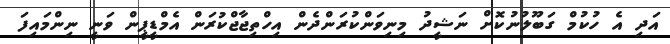
އަދި އެ ހުކުމް ގަބޫލުނުކޮށް ނަޝީދު މިނިވަންކުރަންދެން އިހްތިޖާޖްކުރަން އެމްޑީޕީން ވަނީ ނިންމައިފަ